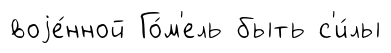
воjе́нной Го́м'ель быть с'и́лы